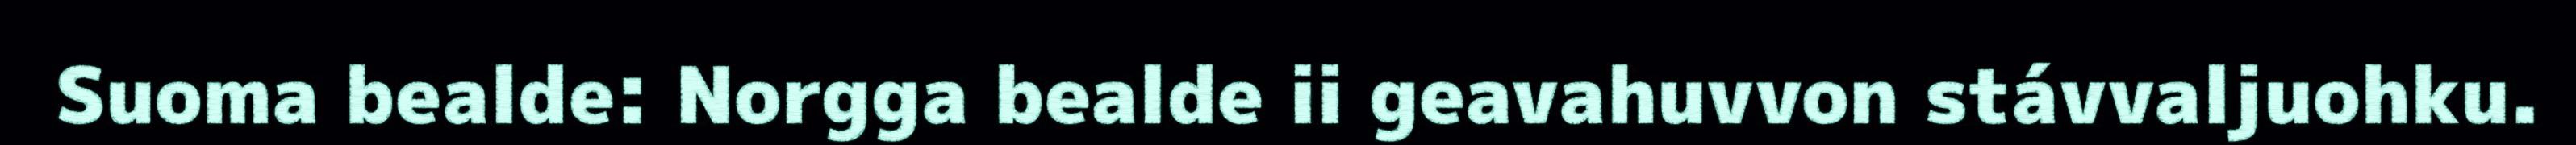
Suoma bealde: Norgga bealde ii geavahuvvon stávvaljuohku.